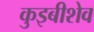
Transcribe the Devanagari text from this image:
कुइबीशेव